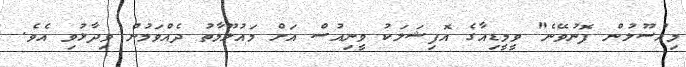
މިއުސޫލުން ފޮނުވޭނެ" ވީމީޑިއާގެ އޮފިޝަލަކު ވީނިއުސް އަށް މައުލޫމާތު ދެއްވަމުން ވިދާޅުވި އެވެ.